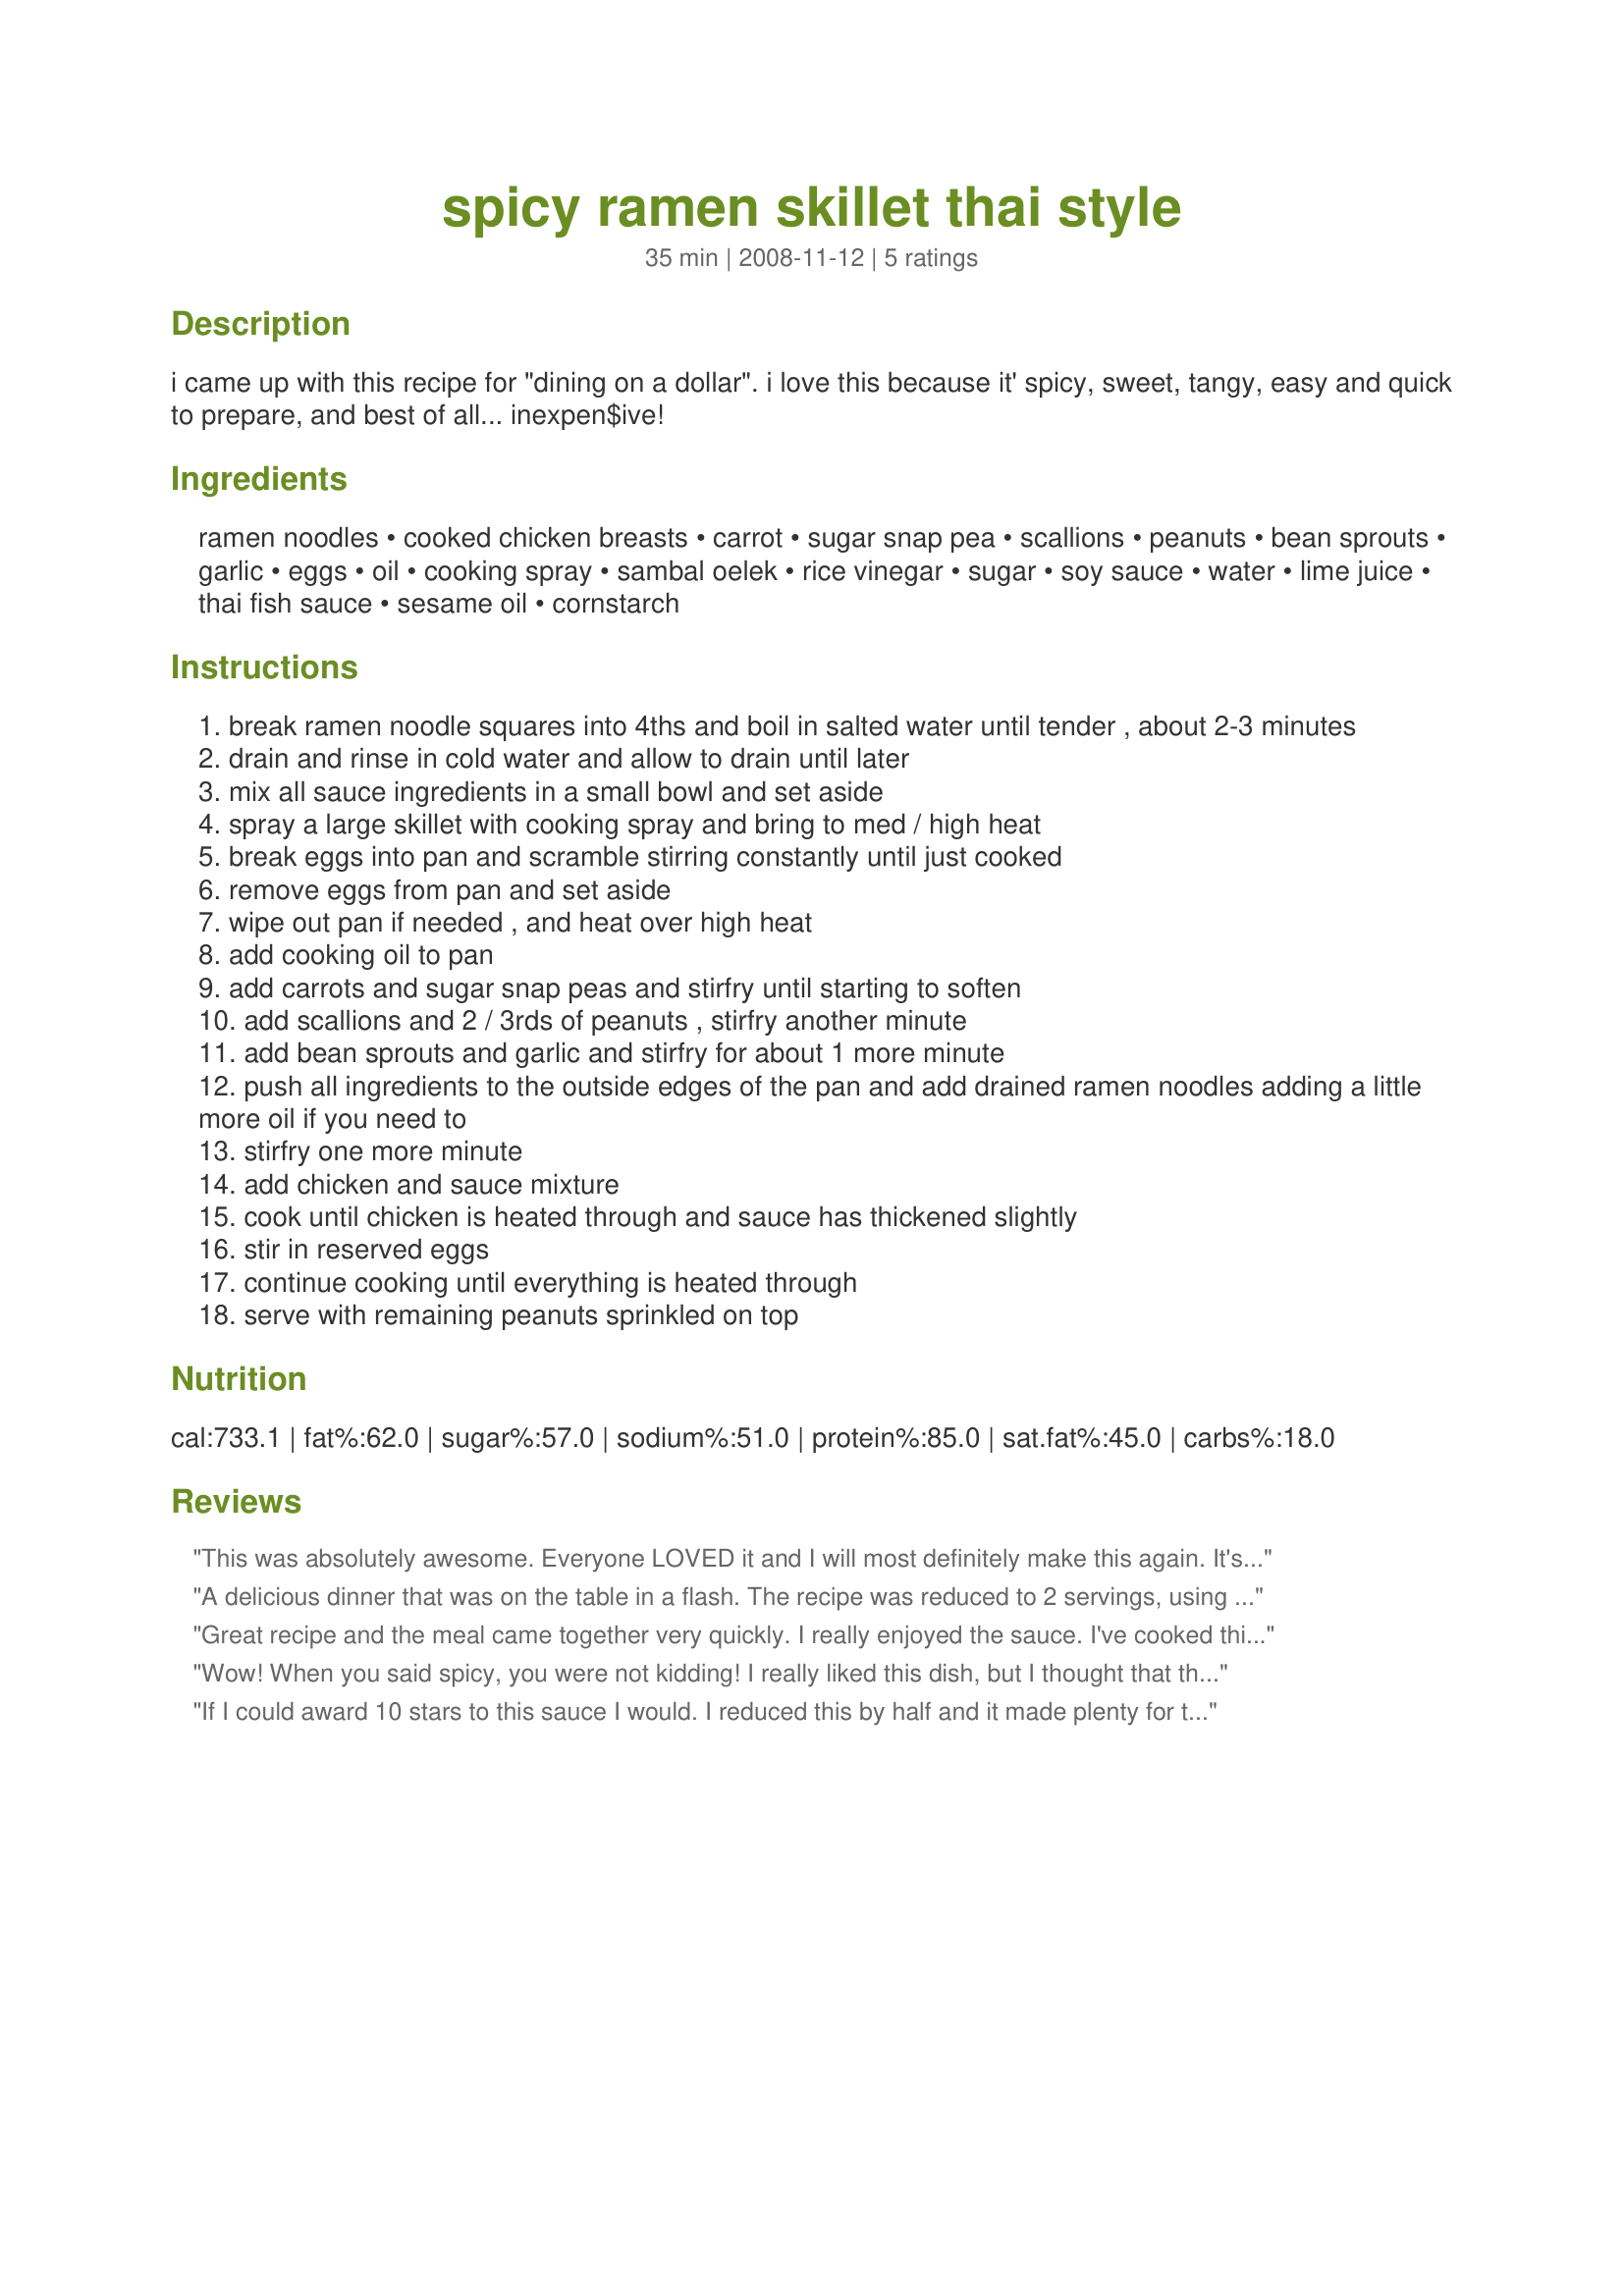
spicy ramen skillet thai style
Preparation time: 35 minutes

i came up with this recipe for "dining on a dollar". i love this because it' spicy, sweet, tangy, easy and quick to prepare, and best of all... inexpen$ive!

Ingredients:
ramen noodles, cooked chicken breasts, carrot, sugar snap pea, scallions, peanuts, bean sprouts, garlic, eggs, oil, cooking spray, sambal oelek, rice vinegar, sugar, soy sauce, water, lime juice, thai fish sauce, sesame oil, cornstarch

Steps:
break ramen noodle squares into 4ths and boil in salted water until tender , about 2-3 minutes
drain and rinse in cold water and allow to drain until later
mix all sauce ingredients in a small bowl and set aside
spray a large skillet with cooking spray and bring to med / high heat
break eggs into pan and scramble stirring constantly until just cooked
remove eggs from pan and set aside
wipe out pan if needed , and heat over high heat
add cooking oil to pan
add carrots and sugar snap peas and stirfry until starting to soften
add scallions and 2 / 3rds of peanuts , stirfry another minute
add bean sprouts and garlic and stirfry for about 1 more minute
push all ingredients to the outside edges of the pan and add drained ramen noodles adding a little more oil if you need to
stirfry one more minute
add chicken and sauce mixture
cook until chicken is heated through and sauce has thickened slightly
stir in reserved eggs
continue cooking until everything is heated through
serve with remaining peanuts sprinkled on top

Reviews:
This was absolutely awesome. Everyone LOVED it and I will most definitely make this again. It's a true "Dining on a $" recipe because any veggies will do and it's a great way to use them up. For those of you that must eat gluten-free, this works great using GF spaghetti broken up in 2-inch pieces. Good Luck!!
A delicious dinner that was on the table in a flash. The recipe was reduced to 2 servings, using a little more snap peas than called for and probably reducing the amount of peanuts by about half. It produced very generous servings. Good luck in the contest.
Great recipe and the meal came together very quickly. I really enjoyed the sauce. I've cooked this twice now. Once using the ramen as stated. The 2nd time I used rice noodles in place of the ramen for a gluten-free meal. Both great. Good luck in the contest
Wow! When you said spicy, you were not kidding! I really liked this dish, but I thought that the taste of the sesame oil got lost somewhere. I will make this again, but I'll cut back on the sambal oelek, just to cut the spice back a little. I'm looking forward to trying again with different vegetables, as well. Thanks for posting a great recipe.
If I could award 10 stars to this sauce I would. I reduced this by half and it made plenty for the two of us for lunch. It is full of noodles and veggies. I used snow peas and red pepper strips to replace two in the recipe the first time I made it, but really almost anything on hand could be utilized. I LOVED, LOVED the sauce! It is everything described..... spicy, sweet, sassy, and EASY! I will save this recipe to use that yummy sauce over & over. The sauce elevates ramen to a new level. I have made this recipe several times since discovering it & it is in my keeper file. Good luck in the contest!
